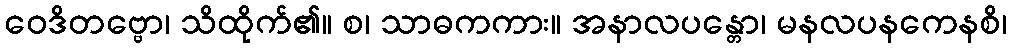
ဝေဒိတဗ္ဗော၊ သိထိုက်၏။ စ၊ သာဓကကား။ အနာလပန္တော၊ မနလပနကေနစိ၊